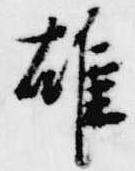
雄